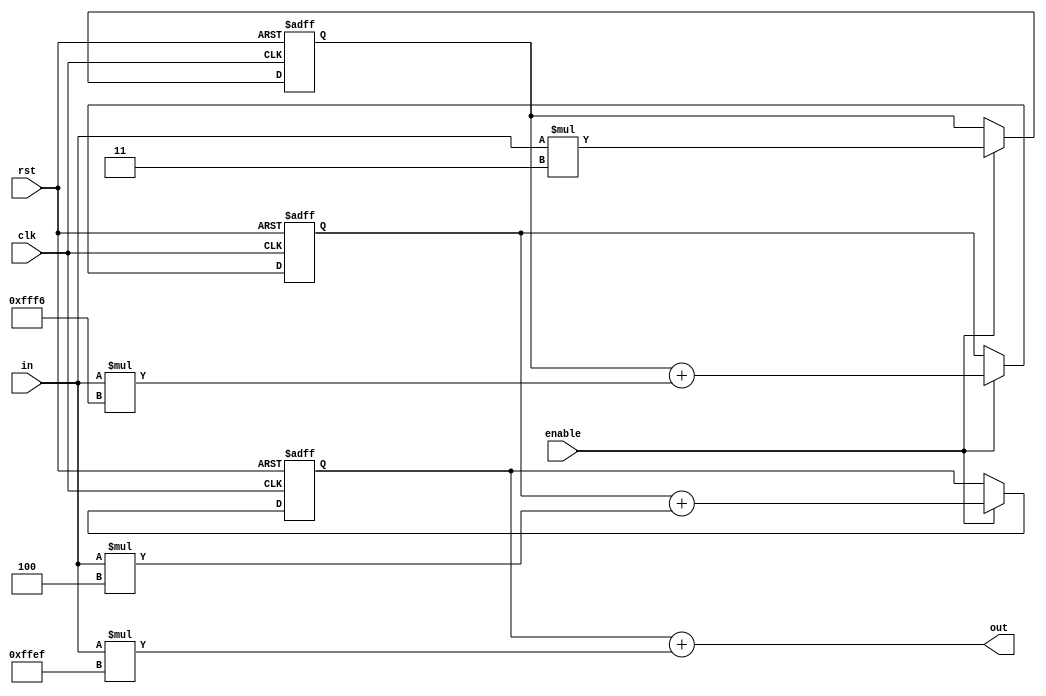
module fir_tap4(
    input clk,
    input rst,
    input  [15:0] in,
    output [15:0] out,

    input enable
);
  
  reg [15:0]dff[3:1];
  
  // multiplier
  wire [15:0]mul_c3 = in *  3'd3;
  wire [15:0]mul_c2 = in * -5'sd10;
  wire [15:0]mul_c1 = in *  4'd4;
  wire [15:0]mul_c0 = in * -6'sd17;
  
  // adder
  wire [15:0]add0 = dff[1] + mul_c0;
  wire [15:0]add1 = dff[2] + mul_c1;
  wire [15:0]add2 = dff[3] + mul_c2;
  assign out = add0;
  
  //Shift register
  always @(posedge clk or posedge rst)
      if (rst == 1'b1)
	  {dff[1], dff[2], dff[3]} <= 'h0;
      else if (enable == 1'b1)
	  {dff[1], dff[2], dff[3]} <= {add1, add2, mul_c3};


endmodule